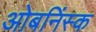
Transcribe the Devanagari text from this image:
ओबनिंस्क